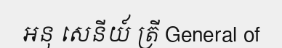
អនុ សេនីយ៍ ត្រី General of